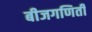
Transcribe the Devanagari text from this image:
बीजगणिती